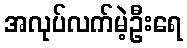
အလုပ်လက်မဲ့ဦးရေ